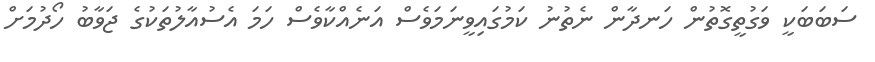
ސަބަބަކީ ވަގުތީގޮތުން ހަނދާން ނެތުނު ކަމުގައިވީނަމަވެސް އަނެއްކާވެސް ހަމަ އެސުއާލުތަކުގެ ޖަވާބު ހޯދުމަށް